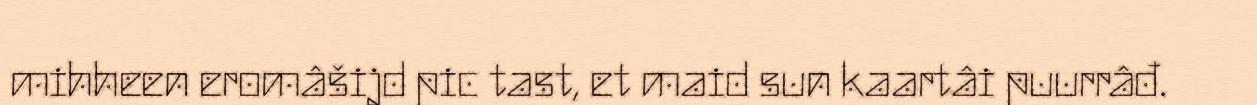
mihheen eromâšijd pic tast, et maid sun kaartâi puurrâđ.